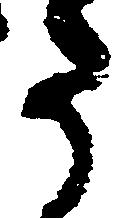
た